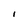
Character: I